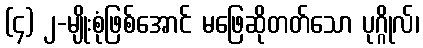
(၄) ၂-မျိုးစုံဖြစ်အောင် မဖြေဆိုတတ်သော ပုဂ္ဂိုလ်၊